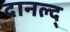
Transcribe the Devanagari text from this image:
दानल्द्